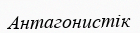
Антагонистік